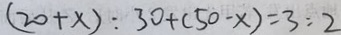
( 2 0 + x ) : 3 0 + ( 5 0 - x ) = 3 : 2